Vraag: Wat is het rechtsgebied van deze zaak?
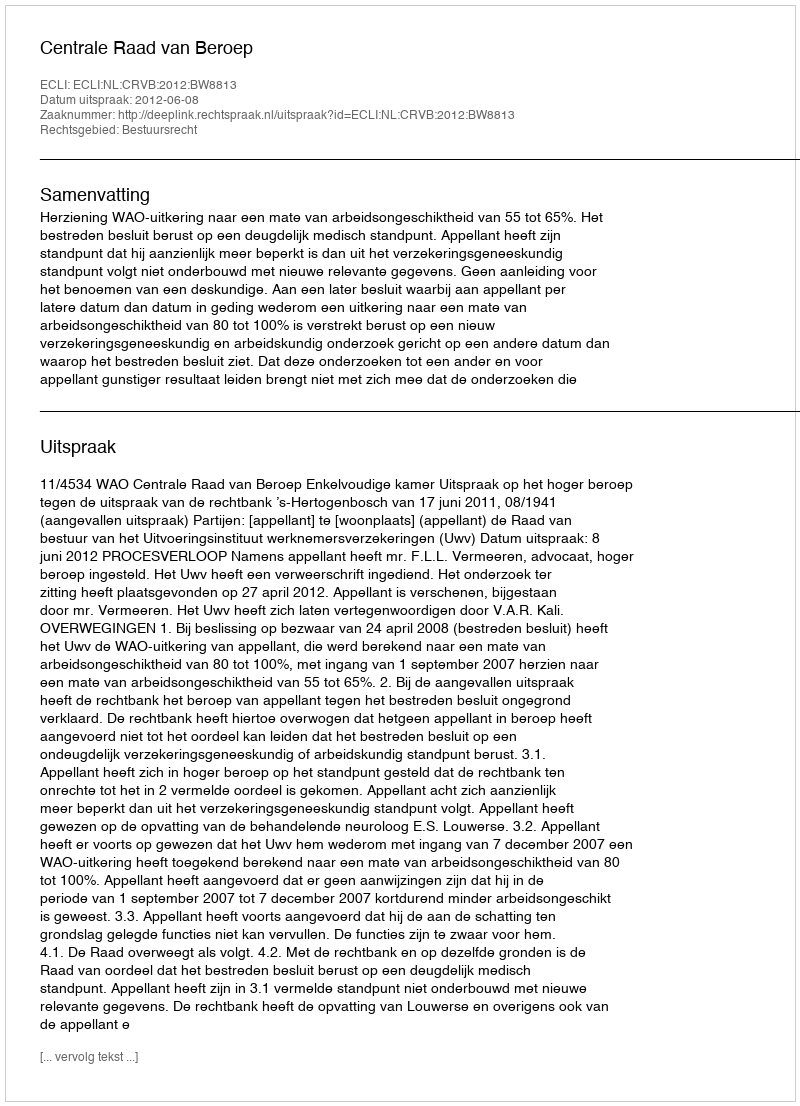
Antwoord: Bestuursrecht